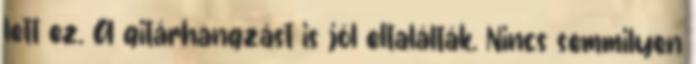
lett ez. A gitárhangzást is jól eltalálták. Nincs semmilyen